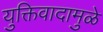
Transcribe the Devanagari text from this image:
युक्तिवादामुळे